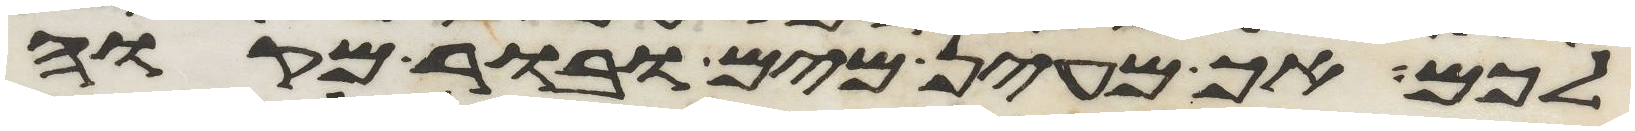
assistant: לכם אך מעין מים ובור מקוה